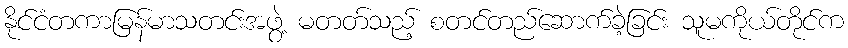
နိုင်ငံတကာမြန်မာသတင်းအဖွဲ့ မတတ်သည့် စတင်တည်ဆောက်ခဲ့ခြင်း သူမကိုယ်တိုင်က